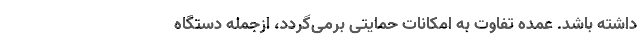
داشته باشد. عمده تفاوت به امکانات حمایتی برمی‌گردد، ازجمله دستگاه